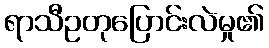
ရာသီဥတုပြောင်းလဲမှု၏